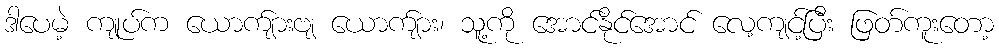
ဒါပေမဲ့ ကျုပ်က ယောက်ျားဗျ ယောက်ျား၊ သူ့ကို အောင်နိုင်အောင် လေ့ကျင့်ပြီး ဖြတ်ကူးတော့